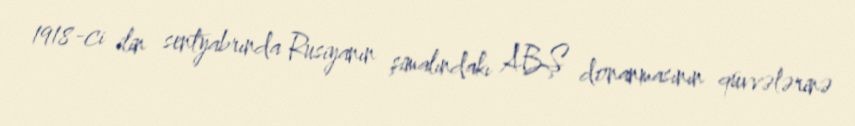
1918-ci ilin sentyabrında Rusiyanın şimalındakı ABŞ donanmasının qüvvələrinə